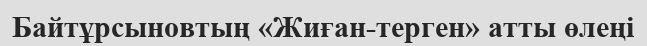
Байтұрсыновтың «Жиған-терген» атты өлеңі